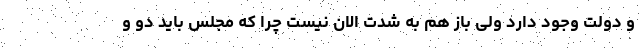
و دولت وجود دارد ولی باز هم به شدت الان نیست چرا که مجلس باید دو و